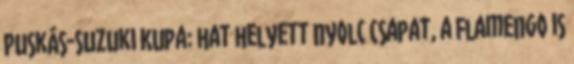
Puskás-Suzuki Kupa: hat helyett nyolc csapat, a Flamengo is